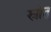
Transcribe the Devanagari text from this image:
स्रोत्